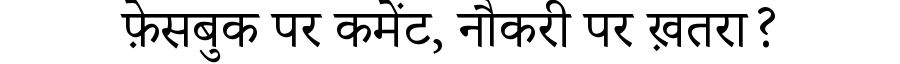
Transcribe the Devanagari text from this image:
फ़ेसबुक पर कमेंट, नौकरी पर ख़तरा?